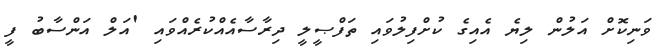
ވަނިކޮށް އަލުން ލިޔެ އެއިގެ ކުށްފިލުވައި ތަފްޞީލީ ދިރާސާއެއްކުރެއްވައި 'އަލް އަންސާބު ފީ